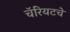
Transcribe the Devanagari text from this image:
चॅरियटचे